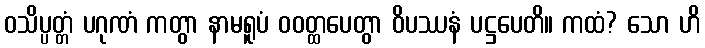
ဝသိပ္ပတ္တံ ပဂုဏံ ကတွာ နာမရူပံ ဝဝတ္ထပေတွာ ဝိပဿနံ ပဋ္ဌပေတိ။ ကထံ? သော ဟိ